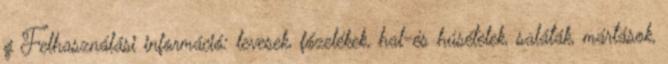
g Felhasználási információ: levesek, főzelékek, hal-és húsételek, saláták, mártások,